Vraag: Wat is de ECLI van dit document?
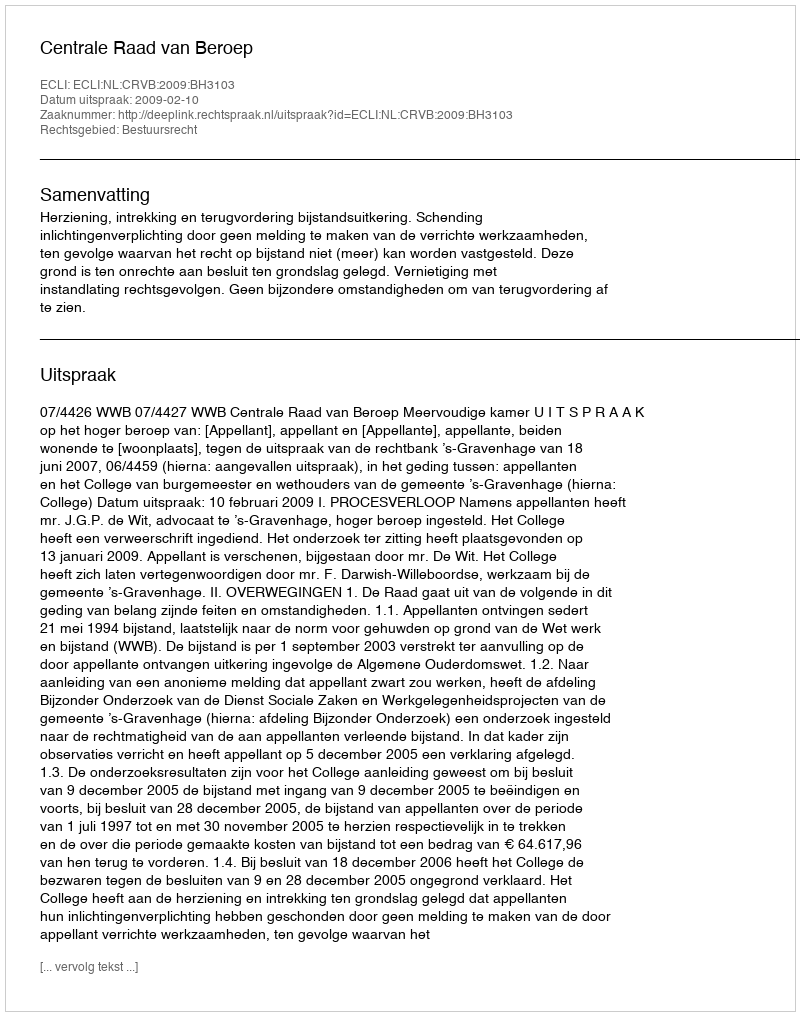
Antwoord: ECLI:NL:CRVB:2009:BH3103